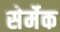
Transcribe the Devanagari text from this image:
सेर्मेक